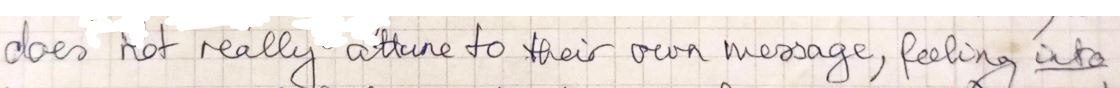
does not really attune to their own message, feeling into